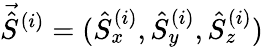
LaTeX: \vec{\hat{S}}^{(i)}=(\hat{S}_{x}^{(i)},\hat{S}_{y}^{(i)},\hat{S}_{z}^{(i)})